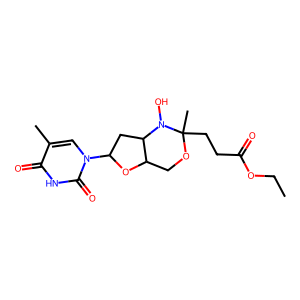
SMILES: CCOC(=O)CCC1(C)OCC2OC(n3cc(C)c(=O)[nH]c3=O)CC2N1O
Inhibits HIV replication: No